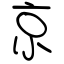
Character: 京